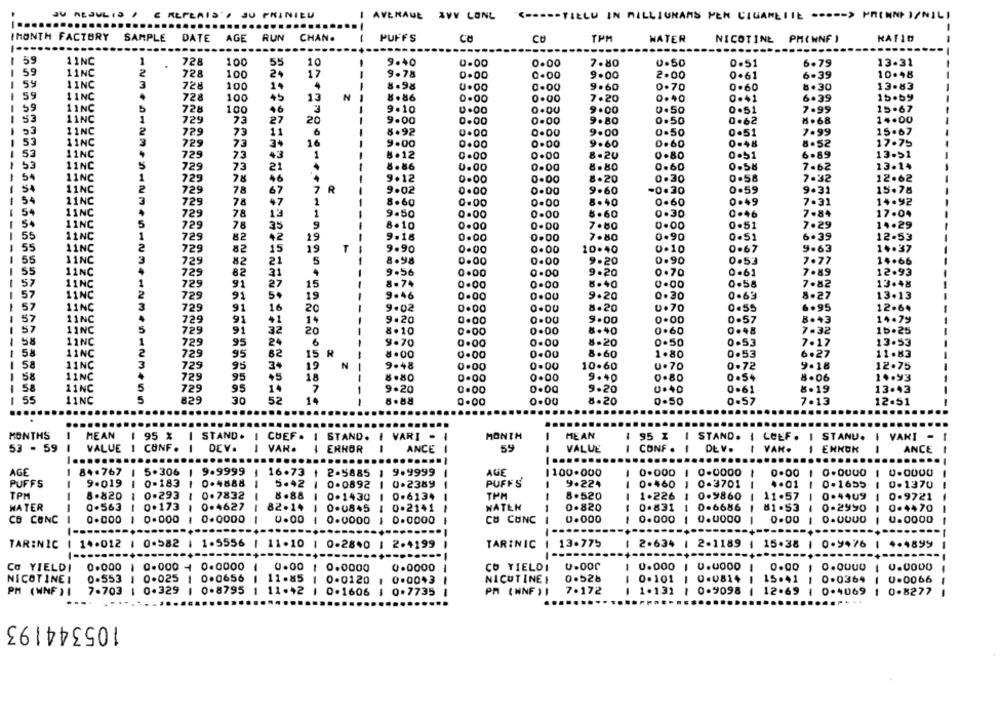
E MEPLAIS', JU PHINIEU
AVENAUL XVV LONG
<----- TIELU IN MILLIGRAMS PEN CIGARETTE ----- > PRENNEI/NILI
IMONTH FACTORY
SAMPLE
DATE
AGE
RUN
CHAN.
PUFFS
CO
CB
TPM
WATER
NICOTINE PM(WNF )
KATID
---
1 59
11NC
728
100
55
10
9.40
0-00
0.00
7.80
0.50
0.51
6.79
13-31
1 59
11NC
728
100
24
17
9.78
0.00
0-00
9.00
2.00
0.61
6.39
10.48
1 59
11NC
728
100
1.
-
8.98
0.00
9.60
0.70
0.60
8.30
13.83
59
11NC
728
100
45
13
N
8.86
0.00
0.00
7.20
0.40
0.41
6.39
15.59
1 59
11NC
728
7 .99
15.67
100
-
9.10
0.00
9.00
0.50
0.51
53
11NC
729
73
27
20
9.00
0.00
0.00
9.80
0.50
0.62
8 .68
14.00
11NC
7.99
729
73
11
6
8.92
0.00
9.00
0.50
0.51
15.67
53
11NC
729
73
74
16
9.00
0.00
0.00
9.60
0.60
0-48
8.52
17.75
53
11NC
729
73
8.12
0.00
0.00
8.20
0.80
0.51
6.89
13.51
11NC
729
73
21
--
8.86
0.00
0.60
0.58
7.62
13.14
0.00
8.80
54
11NC
729
78
-
9.12
0.00
0.00
8.20
0.30
0.58
7.32
12.62
54
11NC
729
78
57
R
9.02
0.00
0.00
9.60
-0.30
0.59
9.31
15.78
11NC
729
78
1
8.60
0.00
0.00
8.40
0-60
0.49
7.31
14.92
54
11NC
729
78
13
1
9.50
0.00
0.00
6.60
0.30
0.46
7.84
17.04
11NC
729
78
35
9
8.10
00
0.00
7.80
0.00
0.51
7.29
14.29
55
11NC
729
82
+2
19
9.18
0.00
0.DO
7.80
0.90
0.51
6.39
12.53
55
11NC
729
82
15
19
--
9.90
0.00
0.00
10.40
0.10
0.67
9.63
14.37
55
11NC
729
82
21
5
-
8.98
0.00
0.00
9.20
0.90
0.53
7.77
14.66
55
11NC
729
31
9.56
1.00
0 .00
9.20
0.70
0.61
7.89
12.93
57
11NC
729
91
27
15
8.74
0.00
0.00
8.40
0.00
0.58
7.82
13.48
57
11NC
91
19
9.46
0.00
0.00
9.20
0.30
0.63
8.27
13.13
729
57
11NC
729
91
16
20
9.02
8.20
u.70
0.55
6.95
12.6.
57
11NC
729
91
+1
14
-
9.20
0.00
0.00
9.00
0.00
0.57
8.43
14.79
57
11NC
729
91
20
8.10
0.00
0.00
6.40
0.60
0.48
7.32
15.25
58
11NC
729
95
24
6
9.70
0.00
0.00
8-20
0.50
0.53
7.17
13.53
1
58
11NC
729
95
62
15 R
8.00
0.00
0.00
8.60
1.80
0.53
6.27
11.83
--
1 58
11NC
729
34
19
N
9.+8
0.00
0.00
10.60
U.70
0.72
9.18
12.75
11NC
729
95
+5
18
8.80
0.00
0.00
9.40
0.80
0.54
8.06
14.93
1 58
11NC
729
95
7
9.20
0.00
0.00
9.20
0.40
0.61
8.19
13.43
-
55
11NC
829
30
52
10
0.00
0.00
8.20
0.50
0.57
7.13
12.51
....
MONTHS
MEAN
$ 95 %
I STAND .
I CHEF. I STAND. I VARI -
MONTH
-
MEAN
95 % | STAND. I COEF. I STANU.
I VARI -
53 - 59
VALUE
1 CONF .
DEV .
VAR.
ERROR
ANCE
55
VALUE
-
CONF . I
DE V.
I VAN.
ENKOK
ANCE
--
........
--
...
...
....
AGE
1 84.767
-
5.306
-
9.9999
16.73
2-5885
9.9999
AGE
1100.000
0.000
1 0.0000
-
0.00
1 0.0000
9-019
0.4888
5.42
PUFFS
PUFFS
-
0.183
-
--
0.0892
1 0.2389
9.224
--
0.460
0-3701
-
4.01
1
0.1655
0.1370
TPM
8.820
1
0.293
-
0.7832
8.88
D.1430
0-6134
TPM
-
8.520
-
1.226
1 0.9860
11.57
-
0.4409
1 0.9721
WATER
0.563
--
0.173
0.4627
82.14
0.08+5
0.2141
NATEN
0.820
0.831
1 0.6686
81 .53
0-2990
0.4470
---
0.0000
CB CONC
0.000
1 0.000
0.0000
0.00
0.0000
--
0.0000
CU CONC
0.000
0.000
1
0.00
-
U.0000
----
TAR:NIC | 14.012 1 0.582
1 1.5556
1 11.10
0-2840 1 2.4199
TARINIC
1 13.775
2.634 | 2.1189
15.38
1 0.9476
4.4899
CO YIELDI
0.000
0.000 + 0.0000
0.00
0.0000
0.0000
CO YIELDI
0.000 | 0.0000
0.00
0.0000 | 0.0000
NICOTINEI
0.553
0.025
0.0656
11.85
0-0120
0.0043
NICOTINEI
0.528
0.101 1 0.0814
15.41 1
0.0364 | 0.0066
1.132
PM (WNF ) 1
7-703 | 0.329
1 0.8795
1
11.42
0.1606
0.7735
PM (WNF ) 1
7.172
--
1 0.9098
12.69
1 0.4069 1 0-8277
105344193